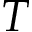
T